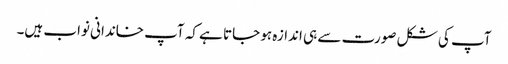
آپ کی شکل صورت سے ہی اندازہ ہو جاتا ہے کہ آپ خاندانی نواب ہیں۔